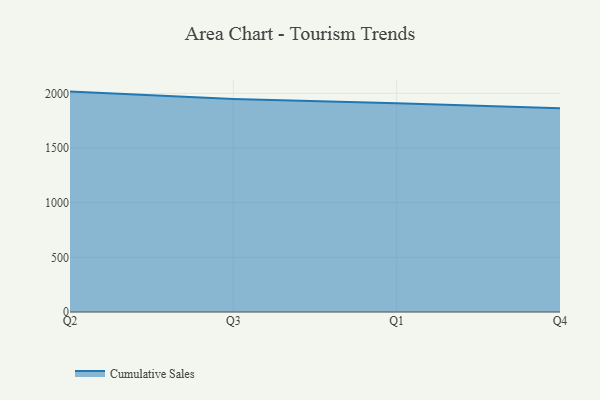
{"axis": {"x": "Quarter", "y": "Waste Production (Tons)"}, "legend": ["Cumulative Sales"], "data": [{"x": "Q2", "y": 2016.3, "type": "Cumulative Sales"}, {"x": "Q3", "y": 1948.3, "type": "Cumulative Sales"}, {"x": "Q1", "y": 1909.1, "type": "Cumulative Sales"}, {"x": "Q4", "y": 1864.3, "type": "Cumulative Sales"}]}